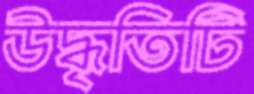
উদ্ধৃতিটি